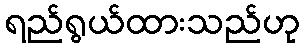
ရည်ရွယ်ထားသည်ဟု